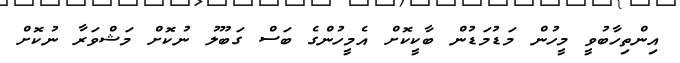
އިންތިހާބުވީ މީހުން މަޑުމަޑުން ބާކީކޮށް އެމީހުންގެ ބަސް ގަބޫލު ނުކޮށް މަޝްވަރާ ނުކޮށް